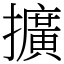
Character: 擴